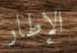
الإطار